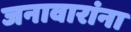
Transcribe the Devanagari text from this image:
जनावारांना